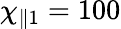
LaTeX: \chi_{\parallel 1}=100